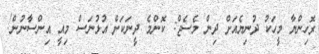
ރޮހިންޔާ މީހަކު ދުނިޔެއަށް ދިން މެސެޖް: ކޮންމެ ދީނަކަށް އުޅުނަސް މިއީ އިންސާނުން!